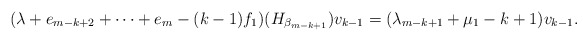
\begin{align*} ( \lambda + e_{m-k+2} + \cdots + e_m -(k-1) f_1 ) ( H_{ \beta _{m-k+1} }) v_{k-1} = ( \lambda _{m-k+1} + \mu _1 -k+1) v_{k-1}.\end{align*}